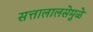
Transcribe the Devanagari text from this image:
सत्तालालसेमुळे